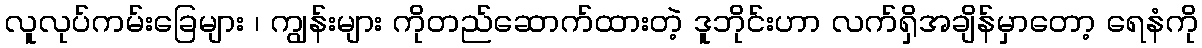
လူလုပ်ကမ်းခြေများ ၊ ကျွန်းများ ကိုတည်ဆောက်ထားတဲ့ ဒူဘိုင်းဟာ လက်ရှိအချိန်မှာတော့ ရေနံကို